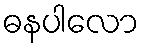
ဓနပါလော